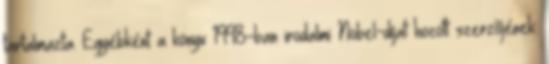
tartalmazta. Egyébként a könyv 1998-ban irodalmi Nobel-díjat hozott szerzőjének.